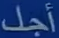
أجل